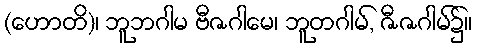
(ဟောတိ)၊ ဘူဘဂါမ ဗီဇဂါမေ၊ ဘူတဂါမ်, ဇီဇဂါမ်၌။